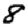
Digit: 8